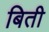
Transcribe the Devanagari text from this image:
बिती